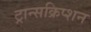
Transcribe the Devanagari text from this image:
ट्रान्सक्रिप्शन